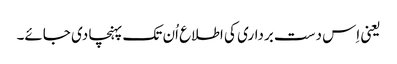
یعنی اِس دست برداری کی اطلاع اُن تک پہنچا دی جائے۔